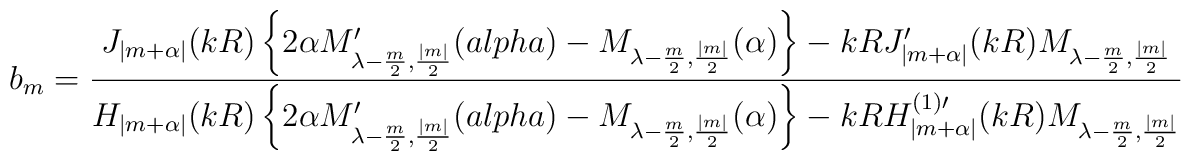
b_m=\frac{J_{|m+\alpha|}(kR)\left\{2\alpha M^\prime_{\lambda-\frac{m}{2},\frac{|m|}{2}}(\\alpha)-M_{\lambda-\frac{m}{2},\frac{|m|}{2}}(\alpha)\right\}-kRJ^\prime_{|m+\alpha|}(kR)M_{\lambda-\frac{m}{2},\frac{|m|}{2}}}{H_{|m+\alpha|}(kR)\left\{2\alpha M^\prime_{\lambda-\frac{m}{2},\frac{|m|}{2}}(\\alpha)-M_{\lambda-\frac{m}{2},\frac{|m|}{2}}(\alpha)\right\}-kRH^{(1)\prime}_{|m+\alpha|}(kR)M_{\lambda-\frac{m}{2},\frac{|m|}{2}}}